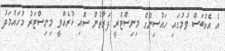
އެ އެއްބަސް ވުމުގައި ހައުސިންގް މިނިސްޓްރީ ފަރާތުން ސޮއި ކުރެއްވީ މިނިސްޓަރު މުހައްމަދު